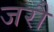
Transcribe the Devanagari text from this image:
जरौं